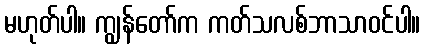
မဟုတ်ပါ။ ကျွန်တော်က ကတ်သလစ်ဘာသာဝင်ပါ။